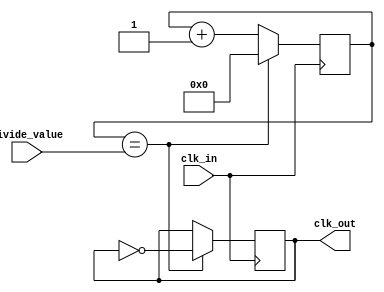
module FrequencyDivide
(
    input wire clk_in,
    input wire [7:0] divide_value,
    output reg clk_out
);

reg [7:0] count;

always @(posedge clk_in)
begin
    if (count == divide_value)
    begin
        count <= 0;
        clk_out <= ~clk_out;
    end
    else
    begin
        count <= count + 1;
    end
end

endmodule